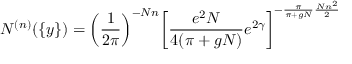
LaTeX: { \cal N } ^ { ( n ) } ( \{ y \} ) = \left( \frac { 1 } { 2 \pi } \right) ^ { - N n } \! \left[ \frac { e ^ { 2 } N } { 4 ( \pi + g N ) } e ^ { 2 \gamma } \right] ^ { - \frac { \pi } { \pi + g N } \frac { N n ^ { 2 } } { 2 } }